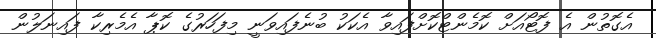
އެގޮތުން އެ ފޮޓޯއަށް ކޮމެންޓްކޮށްފައިވާ އެކަކު ބުނެފައިވަނީ މިފަހަރުގެ ކޮޕާ އެމެރިކާ ފައިނަލުން